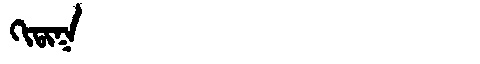
Manchu: ᡴᡳᡨᡳᡴ
Romanization: KITIK